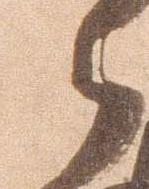
々